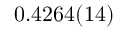
0 . 4 2 6 4 ( 1 4 )